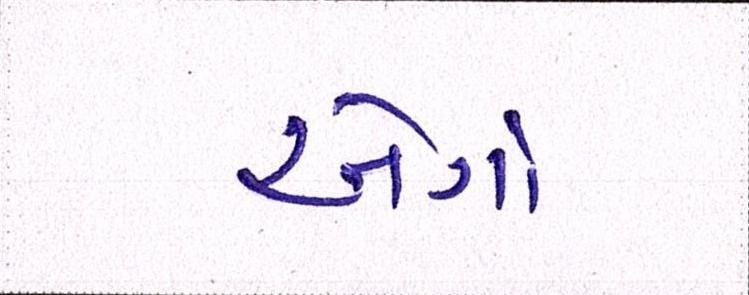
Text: એર્ગો